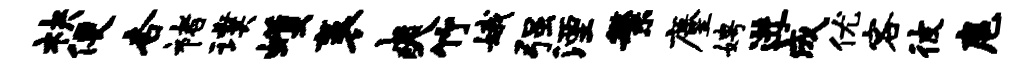
袂便杏褚璞蠖袤爽竹娥强湮繁麈娉进成优客彼扈